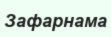
Зафарнама